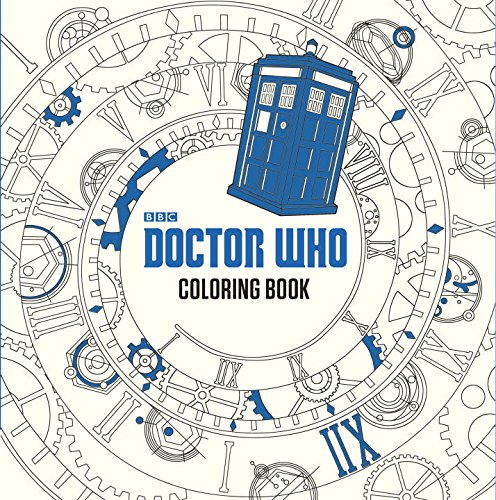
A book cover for Doctor Who Coloring Book; Price Stern Sloan; Science Fiction & Fantasy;